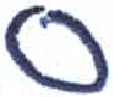
אות: ס